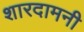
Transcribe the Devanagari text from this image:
शारदामनी